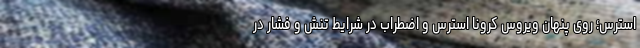
استرس؛ روی پنهان ویروس کرونا استرس و اضطراب در شرایط تنش و فشار در